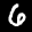
Label: 6